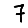
Digit: 7